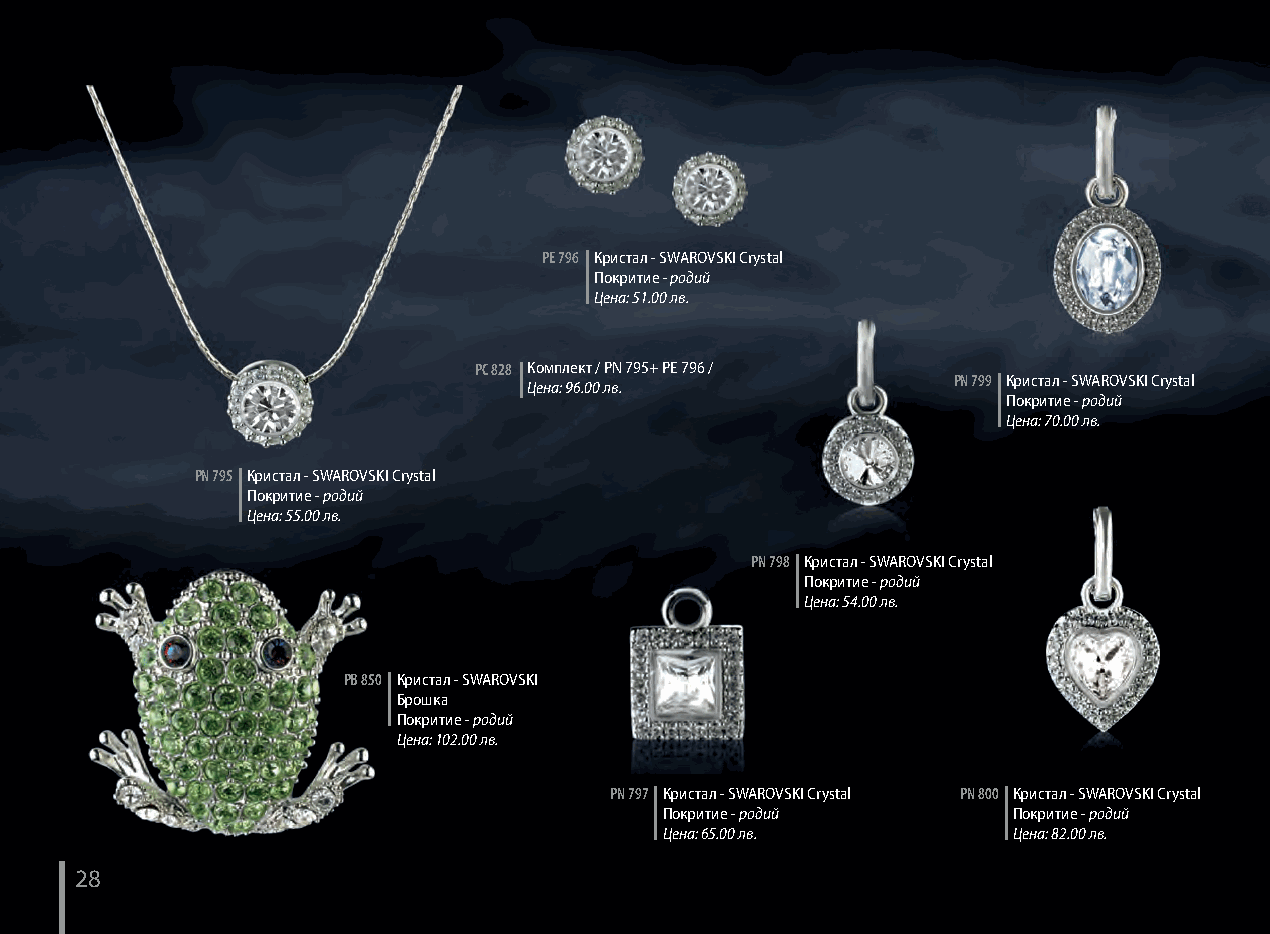
PЕ 796 Кристал - SWAROVSKI Crystal
 Покритие - родий
 Цена: 51.00 лв.
 PC 828 Комплект / PN 795+ PE 796 /
 PN 799 Кристал - SWAROVSKI Crystal
 Цена: 96.00 лв.
 Покритие - родий
 Цена: 70.00 лв.
 PN 795 Кристал - SWAROVSKI Crystal
 Покритие - родий
 Цена: 55.00 лв.
 PN 798 Кристал - SWAROVSKI Crystal
 Покритие - родий
 Цена: 54.00 лв.
 PB 850 Кристал - SWAROVSKI
 Брошка
 Покритие - родий
 Цена: 102.00 лв.
 PN 797 Кристал - SWAROVSKI Crystal PN 800 Кристал - SWAROVSKI Crystal
 Покритие - родий       Покритие - родий
 Цена: 65.00 лв.        Цена: 82.00 лв.
 28